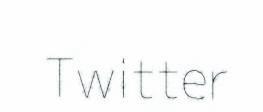
Twitter